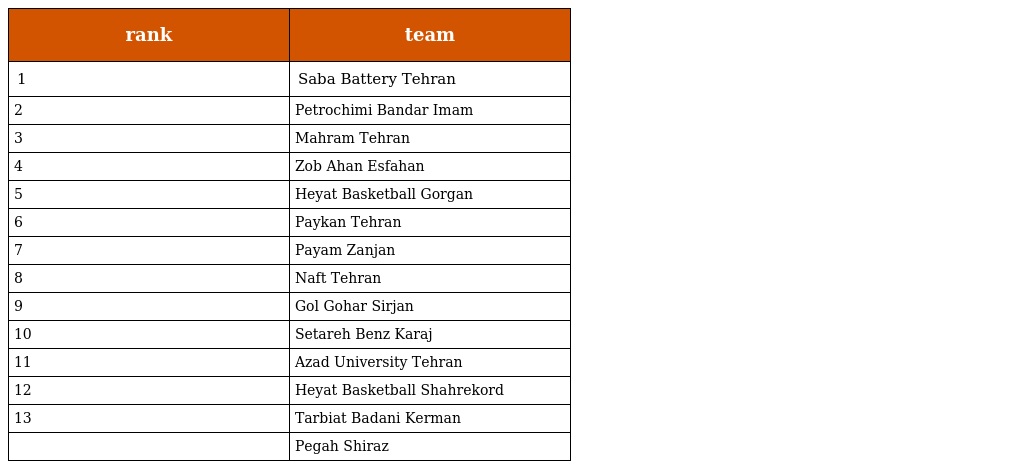
| rank | team |
 | --- | --- |
 | 1 | Saba Battery Tehran |
 | 2 | Petrochimi Bandar Imam |
 | 3 | Mahram Tehran |
 | 4 | Zob Ahan Esfahan |
 | 5 | Heyat Basketball Gorgan |
 | 6 | Paykan Tehran |
 | 7 | Payam Zanjan |
 | 8 | Naft Tehran |
 | 9 | Gol Gohar Sirjan |
 | 10 | Setareh Benz Karaj |
 | 11 | Azad University Tehran |
 | 12 | Heyat Basketball Shahrekord |
 | 13 | Tarbiat Badani Kerman |
 |  | Pegah Shiraz |